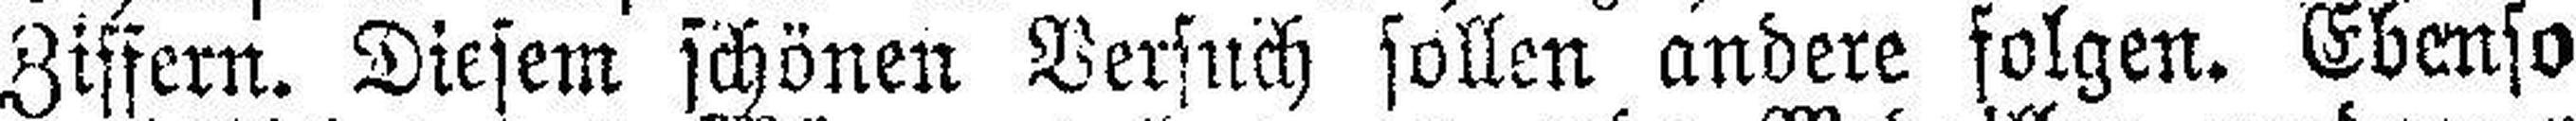
Ziffern. Diesem schönen Versuch sollen andere folgen. Ebenso